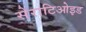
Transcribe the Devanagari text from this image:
सेराटिओइड